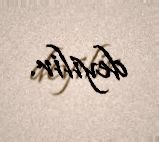
deyilir.